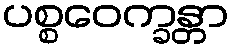
ပစ္စဝေက္ခန္တာ